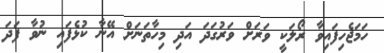
ހަމަޖެހިފައިވާ ރޯލަކީ ވަރަށް ވަރުގަދަ އަދި މިހާތަނަށް އޭނާ ކުޅެފައި ނުވާ ފަދަ